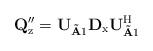
LaTeX: \begin{align*}\mathbf{Q}_\mathrm{z}^{\prime\prime}= \mathbf{U}_{\mathbf{\tilde{A}}1}\mathbf{D}_\mathrm{x}\mathbf{U}_{\mathbf{\tilde{A}}1}^\mathrm{H}\end{align*}